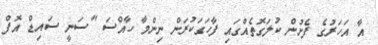
އާ އަހަރުގެ ފެށުން ކުލަގޮތެއްގައި ފާހަގަކުރަން ނިންމާ ހާއްސަ "ސަނީ ސައިޑް އޮފް